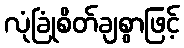
လုံခြုံစိတ်ချစွာဖြင့်